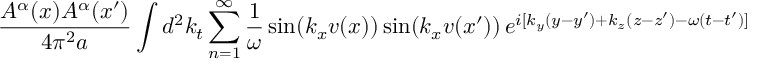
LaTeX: \frac { A ^ { \alpha } ( x ) A ^ { \alpha } ( x ^ { \prime } ) } { 4 \pi ^ { 2 } a } \int d ^ { 2 } k _ { t } \sum _ { n = 1 } ^ { \infty } \frac { 1 } { \omega } \sin ( k _ { x } v ( x ) ) \sin ( k _ { x } v ( x ^ { \prime } ) ) \, e ^ { i [ k _ { y } ( y - y ^ { \prime } ) + k _ { z } ( z - z ^ { \prime } ) - \omega ( t - t ^ { \prime } ) ] }